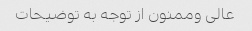
عالی وممنون از توجه به توضیحات